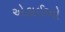
એકાઈઓ